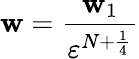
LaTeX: \mathbf{w}=\frac{\mathbf{w}_{1}}{\varepsilon^{N+\frac{1}{4}}}